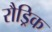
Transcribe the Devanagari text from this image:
रौड्रिक